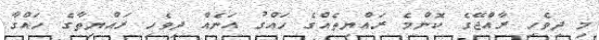
މި ދިވެހި ރާއްޖޭގެ ކޮންމެ ރައްޔިތެއްގެ ހައްގު އަނެއް ދިވެހި ރައްޔިތާގެ ހައްގާ